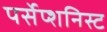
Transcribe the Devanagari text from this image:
पर्सेप्शनिस्ट